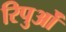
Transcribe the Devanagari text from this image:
रिपुओं